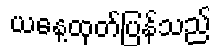
ယနေ့ထုတ်ပြန်သည်